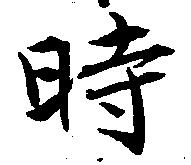
時